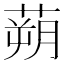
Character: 蒴